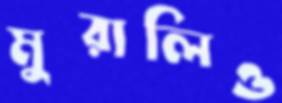
মুরালিও